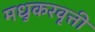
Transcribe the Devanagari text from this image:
मधुकरवृत्ती